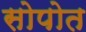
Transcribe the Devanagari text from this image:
सोपोत